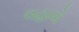
લહાવો